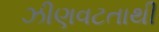
ઝીણવટતાથી